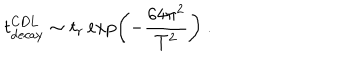
t _ { \mathrm { d e c a y } } ^ { \mathrm { C D L } } \sim t _ { r } \exp \left( - { \frac { 6 4 \pi ^ { 2 } } { T ^ { 2 } } } \right) \ .